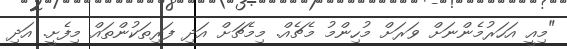
"މިއީ އަހަރުމެންނަށް ވަރަށް މުހިންމު މެޗެއް. މިމެޗަށް އަދި ފަރިތަކުންތައް މިފެށީ. އަދި